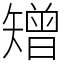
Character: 矰